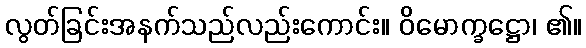
လွတ်ခြင်းအနက်သည်လည်းကောင်း။ ဝိမောက္ခဋ္ဌော၊ ၏။